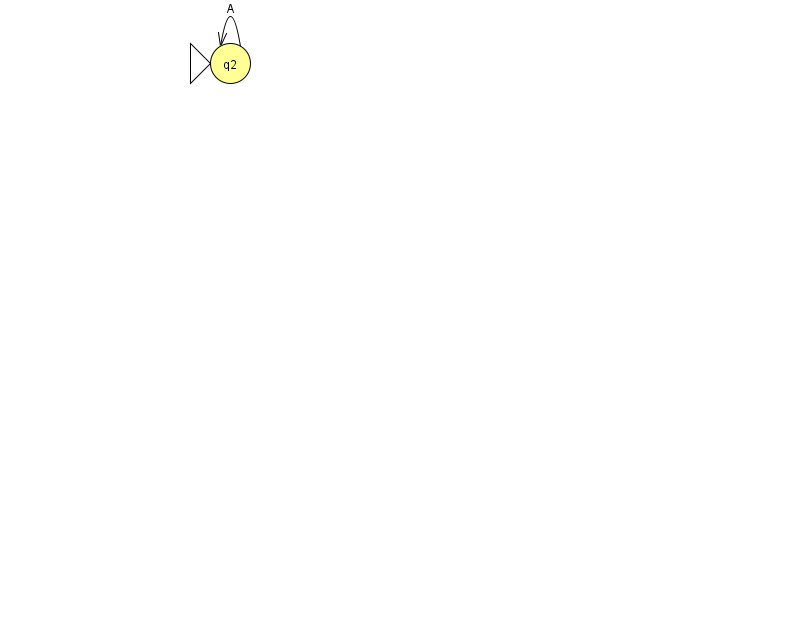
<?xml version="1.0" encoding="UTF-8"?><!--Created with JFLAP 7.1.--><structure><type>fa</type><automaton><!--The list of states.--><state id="2" name="q2"><x>230.0</x><y>50.0</y><initial/></state><!--The list of transitions.--><transition><from>2</from><to>2</to><read>A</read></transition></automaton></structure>